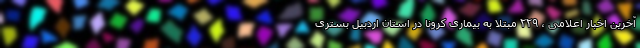
آخرین اخبار اعلامی ، ۲۲۹ مبتلا به بیماری کرونا در استان اردبیل بستری